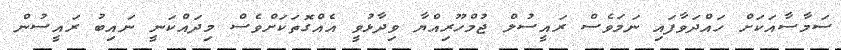
ސަމާސާއަކަށް ހައްދަވާފައި ނަމަވެސް ރައީސުލް ޖުމްހޫރިއްޔާ ވިދާޅުވީ އެއްގޮތަކަށްވެސް މިދައްކަނީ ނައިބު ރައީސުން